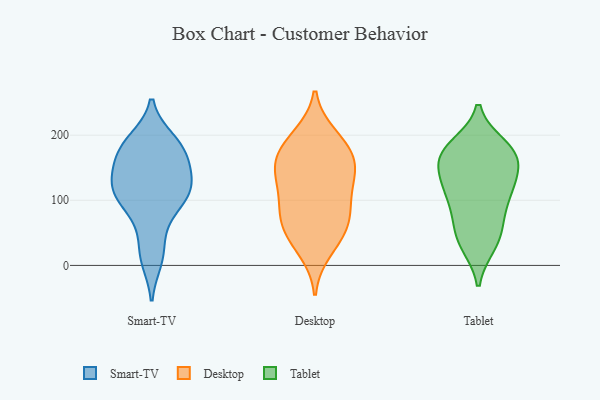
{"axis": {"x": "Website Visitors", "y": "Value"}, "legend": ["Desktop", "Smart-TV", "Tablet"], "data": [{"x": "", "y": 169, "type": "Smart-TV"}, {"x": "", "y": 113, "type": "Smart-TV"}, {"x": "", "y": 114, "type": "Smart-TV"}, {"x": "", "y": 167, "type": "Smart-TV"}, {"x": "", "y": 110, "type": "Smart-TV"}, {"x": "", "y": 10, "type": "Smart-TV"}, {"x": "", "y": 191, "type": "Smart-TV"}, {"x": "", "y": 95, "type": "Smart-TV"}, {"x": "", "y": 125, "type": "Smart-TV"}, {"x": "", "y": 185, "type": "Smart-TV"}, {"x": "", "y": 182, "type": "Smart-TV"}, {"x": "", "y": 22, "type": "Smart-TV"}, {"x": "", "y": 125, "type": "Smart-TV"}, {"x": "", "y": 146, "type": "Smart-TV"}, {"x": "", "y": 70, "type": "Smart-TV"}, {"x": "", "y": 120, "type": "Desktop"}, {"x": "", "y": 88, "type": "Desktop"}, {"x": "", "y": 158, "type": "Desktop"}, {"x": "", "y": 64, "type": "Desktop"}, {"x": "", "y": 199, "type": "Desktop"}, {"x": "", "y": 193, "type": "Desktop"}, {"x": "", "y": 42, "type": "Desktop"}, {"x": "", "y": 128, "type": "Desktop"}, {"x": "", "y": 23, "type": "Desktop"}, {"x": "", "y": 95, "type": "Desktop"}, {"x": "", "y": 179, "type": "Desktop"}, {"x": "", "y": 74, "type": "Desktop"}, {"x": "", "y": 151, "type": "Desktop"}, {"x": "", "y": 164, "type": "Desktop"}, {"x": "", "y": 145, "type": "Desktop"}, {"x": "", "y": 54, "type": "Desktop"}, {"x": "", "y": 176, "type": "Tablet"}, {"x": "", "y": 64, "type": "Tablet"}, {"x": "", "y": 183, "type": "Tablet"}, {"x": "", "y": 32, "type": "Tablet"}, {"x": "", "y": 33, "type": "Tablet"}, {"x": "", "y": 127, "type": "Tablet"}, {"x": "", "y": 124, "type": "Tablet"}, {"x": "", "y": 113, "type": "Tablet"}, {"x": "", "y": 100, "type": "Tablet"}, {"x": "", "y": 46, "type": "Tablet"}, {"x": "", "y": 175, "type": "Tablet"}, {"x": "", "y": 161, "type": "Tablet"}, {"x": "", "y": 120, "type": "Tablet"}, {"x": "", "y": 169, "type": "Tablet"}, {"x": "", "y": 173, "type": "Tablet"}, {"x": "", "y": 77, "type": "Tablet"}, {"x": "", "y": 153, "type": "Tablet"}]}